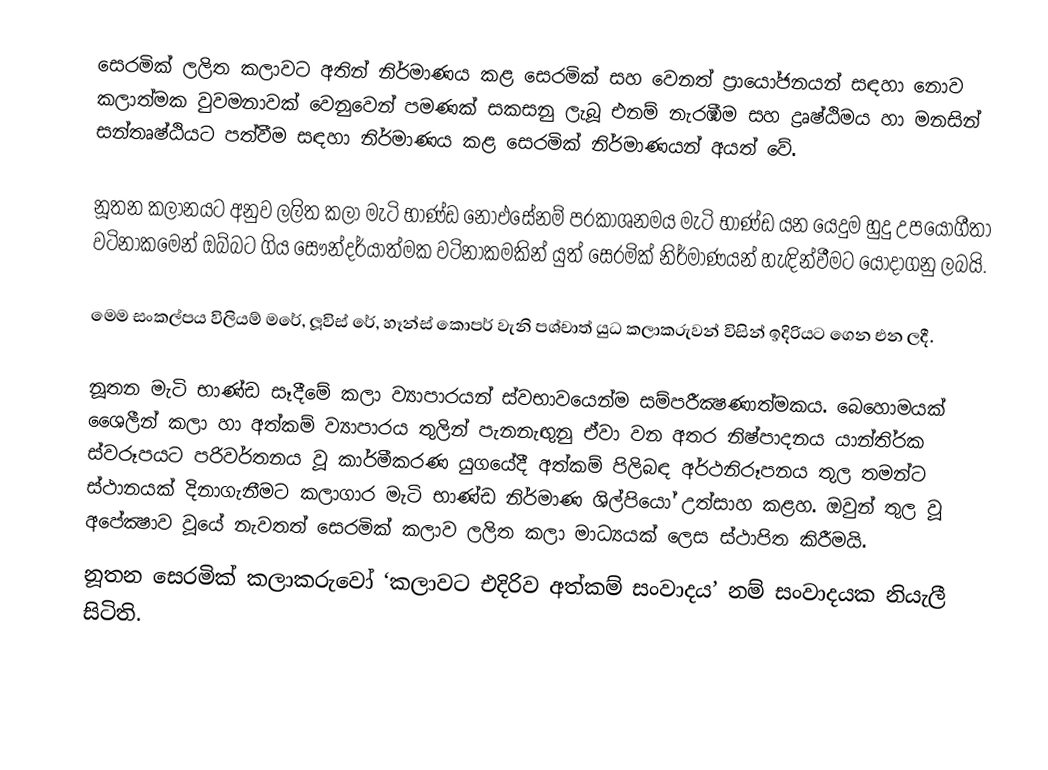
සෙරමික් ලලිත කලාවට අතින් නිර්මාණය කළ සෙරමික් සහ වෙනත් ප‍්‍රායෝජනයන් සඳහා නොව කලාත්මක වුවමනාවක් වෙනුවෙන් පමණක් සකසනු ලැබූ එනම් නැරඹීම සහ ද්‍රෘෂ්ඨිමය හා මනසින් සන්තෘෂ්ඨියට පත්වීම සඳහා නිර්මාණය කළ සෙරමික් නිර්මාණයන් අයත් වේ.

නූතන කලානයට අනුව ලලිත කලා මැටි භාණ්ඩ නොඑසේනම් ප‍්‍රකාශනමය මැටි භාණ්ඩ යන යෙදුම හුදු උපයෝගීතා වටිනාකමෙන් ඔබ්බට ගිය සෞන්දර්යාත්මක වටිනාකමකින් යුත් සෙරමික් නිර්මාණයන් හැඳින්වීමට යොදාගනු ලබයි.

මෙම සංකල්පය විලියම් මරේ, ලූවිස් රේ, හෑන්ස් කොපර් වැනි පශ්චාත් යුධ කලාකරුවන් විසින් ඉදිරියට ගෙන එන ලදී.

නූතන මැටි භාණ්ඩ සෑදීමේ කලා ව්‍යාපාරයන් ස්වභාවයෙන්ම සම්පරීක්‍ෂණාත්මකය. බෙහොමයක් ශෛලීන් කලා හා අත්කම් ව්‍යාපාරය තුලින් පැනනැඟුනු ඒවා වන අතර නිෂ්පාදනය යාන්ති‍්‍රක ස්වරූපයට පරිවර්තනය වූ කාර්මීකරණ යුගයේදී අත්කම් පිලිබඳ අර්ථනිරූපනය තුල තමන්ට ස්ථානයක් දිනාගැනීමට කලාගාර මැටි භාණ්ඩ නිර්මාණ ශිල්පියෝ උත්සාහ කළහ. ඔවුන් තුල වූ අපේක්‍ෂාව වූයේ නැවතත් සෙරමික් කලාව ලලිත කලා මාධ්‍යයක් ලෙස ස්ථාපිත කිරීමයි.
නූතන සෙරමික් කලාකරුවෝ ‘කලාවට එදිරිව අත්කම් සංවාදය’ නම් සංවාදයක නියැලී සිටිති.